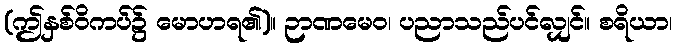
(ဤနှစ်ဝိကပ်၌ မောဟရ၏)။ ဉာဏမေဝ၊ ပညာသည်ပင်လျှင်။ စရိယာ၊